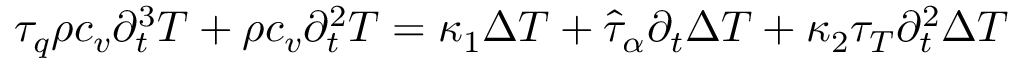
\begin{array} { r } { \tau _ { q } \rho c _ { v } \partial _ { t } ^ { 3 } T + \rho c _ { v } \partial _ { t } ^ { 2 } T = \kappa _ { 1 } \Delta T + \hat { \tau } _ { \alpha } \partial _ { t } \Delta T + \kappa _ { 2 } \tau _ { T } \partial _ { t } ^ { 2 } \Delta T } \end{array}